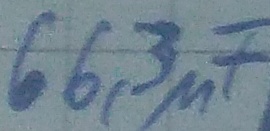
Text: 66,3µF